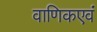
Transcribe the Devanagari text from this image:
वाणिकएवं